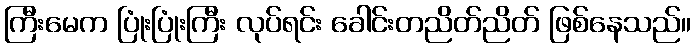
ကြီးမေက ပြုံးပြုံးကြီး လုပ်ရင်း ခေါင်းတညိတ်ညိတ် ဖြစ်နေသည်။